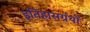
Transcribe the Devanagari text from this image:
इतिहासग्रंथों